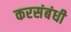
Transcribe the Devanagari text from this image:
करसंबंधी